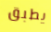
يطبق